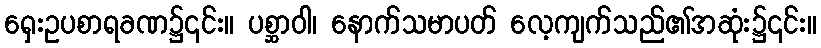
ရှေးဥပစာရခဏ၌၎င်း။ ပစ္ဆာဝါ၊ နောက်သမာပတ် လေ့ကျက်သည်၏အဆုံး၌၎င်း။